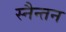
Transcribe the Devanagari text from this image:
स्नैन्तन